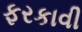
ફરકાવી